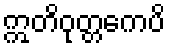
ဣတိဝုတ္တကေပိ